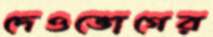
দেওভোগের